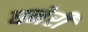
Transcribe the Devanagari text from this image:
घनेरी